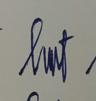
Signature authenticity: genuine